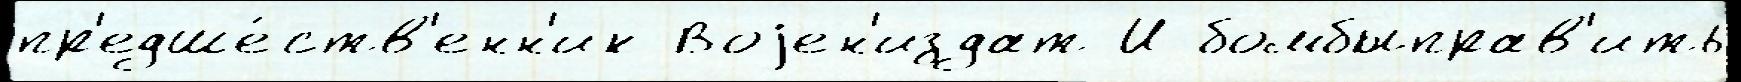
пр'едше́ств'енн'ик Воjен'издат И бомбыправ'ить